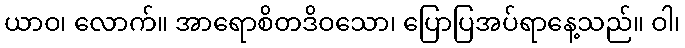
ယာဝ၊ လောက်။ အာရောစိတဒိဝသော၊ ပြောပြအပ်ရာနေ့သည်။ ဝါ၊